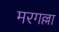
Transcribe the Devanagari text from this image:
मरगल्ला